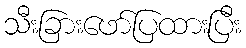
သီးခြားဖော်ပြထားပြီး